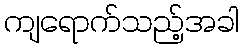
ကျရောက်သည့်အခါ